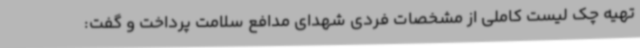
تهیه چک لیست کاملی از مشخصات فردی شهدای مدافع سلامت پرداخت و گفت: